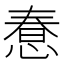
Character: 惷